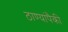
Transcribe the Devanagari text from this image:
ठाण्यांपैकी